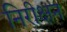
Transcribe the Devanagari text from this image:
निरीक्षन